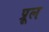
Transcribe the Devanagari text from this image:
प्रूल